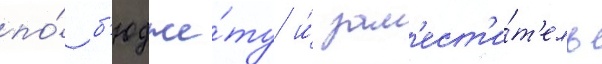
по́ б'юдже́ту и́ зам'ест'и́т'ель